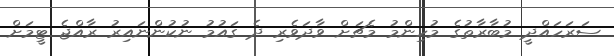
ސަރަހައްދީ މުބާރާތުގެ މުހިންމު މެޗަށް ވާދަވެރި ދެ ގައުމު ނުކުންނައިރު ރާއްޖެ ޓީމަށް